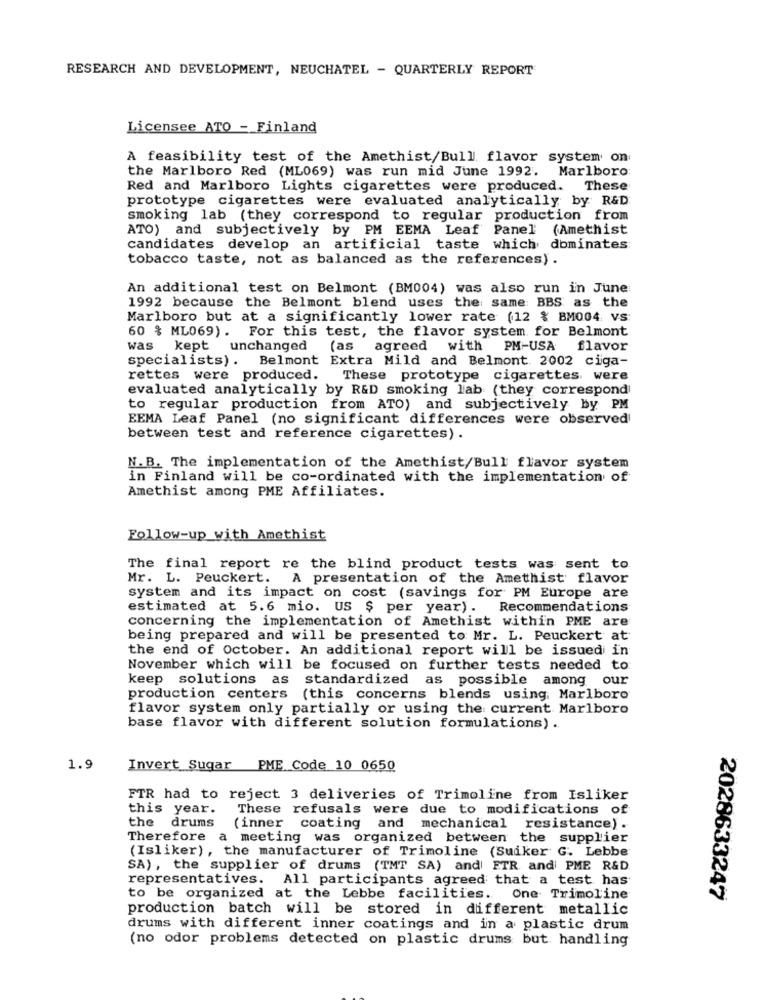
RESEARCH AND DEVELOPMENT, NEUCHATEL - QUARTERLY REPORT
Licensee ATO - Finland
A feasibility test of the Amethist/Bull flavor system on
the Marlboro Red (ML069) was run mid June 1992. Marlboro:
Red and Marlboro Lights cigarettes were produced. These
prototype cigarettes were evaluated analytically by R&D
smoking lab (they correspond to regular production from
ATO) and subjectively by PM EEMA Leaf Panel (Amethist
candidates develop an artificial taste which dominates
tobacco taste, not as balanced as the references) .
An additional test on Belmont (BM004) was also run in June
1992 because the Belmont blend uses the same: BBS as the
Marlboro but at a significantly lower rate (12 % BM004. VS:
60 % ML069). For this test, the flavor system for Belmont
was kept unchanged
(as agreed with PM-USA flavor
specialists). Belmont Extra Mild and Belmont 2002 ciga-
rettes were produced.
These prototype cigarettes. were
evaluated analytically by R&D smoking lab (they correspond
to regular production from ATO) and subjectively by PM
EEMA Leaf Panel (no significant differences were observed
between test and reference cigarettes) .
N.B. The implementation of the Amethist/Bull flavor system
in Finland will be co-ordinated with the implementation of
Amethist among PME Affiliates.
Follow-up with Amethist
The final report re the blind product tests was sent to
Mr. L. Peuckert. A presentation of the Amethist flavor
system and its impact on cost (savings for PM Europe are
estimated at 5.6 mio. US $ per year). Recommendations
concerning the implementation of Amethist within PME are
being prepared and will be presented to Mr. L. Peuckert at
the end of October. An additional report will be issued in
November which will be focused on further tests needed to
keep solutions as standardized as possible among our
production centers
(this concerns blends using Marlboro
flavor system only partially or using the current Marlboro
base flavor with different solution formulations) .
1.9
Invert Sugar PME Code 10 0650
FTR had to reject 3 deliveries of Trimoline from Isliker
this year.
These refusals were due to modifications of
the drums
(inner coating and
mechanical resistance).
Therefore a meeting was organized between the supplier
(Isliker), the manufacturer of Trimoline (Suiker G. Lebbe
SA), the supplier of drums (TMT SA) and ETR and PME R&D
representatives. All participants agreed that a test has
to be organized at the Lebbe facilities ..
One Trimoline
2028633247
production batch will be stored in different metallic
drums with different inner coatings and in a plastic drum
(no odor problems detected on plastic drums but handling